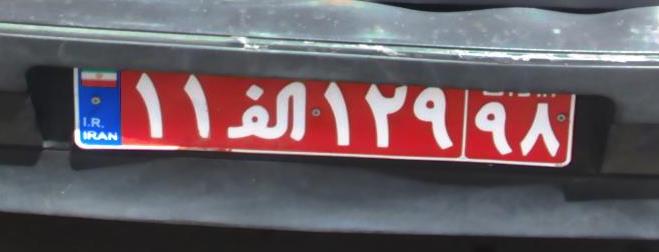
۱۱ا۱۲۹۹۸